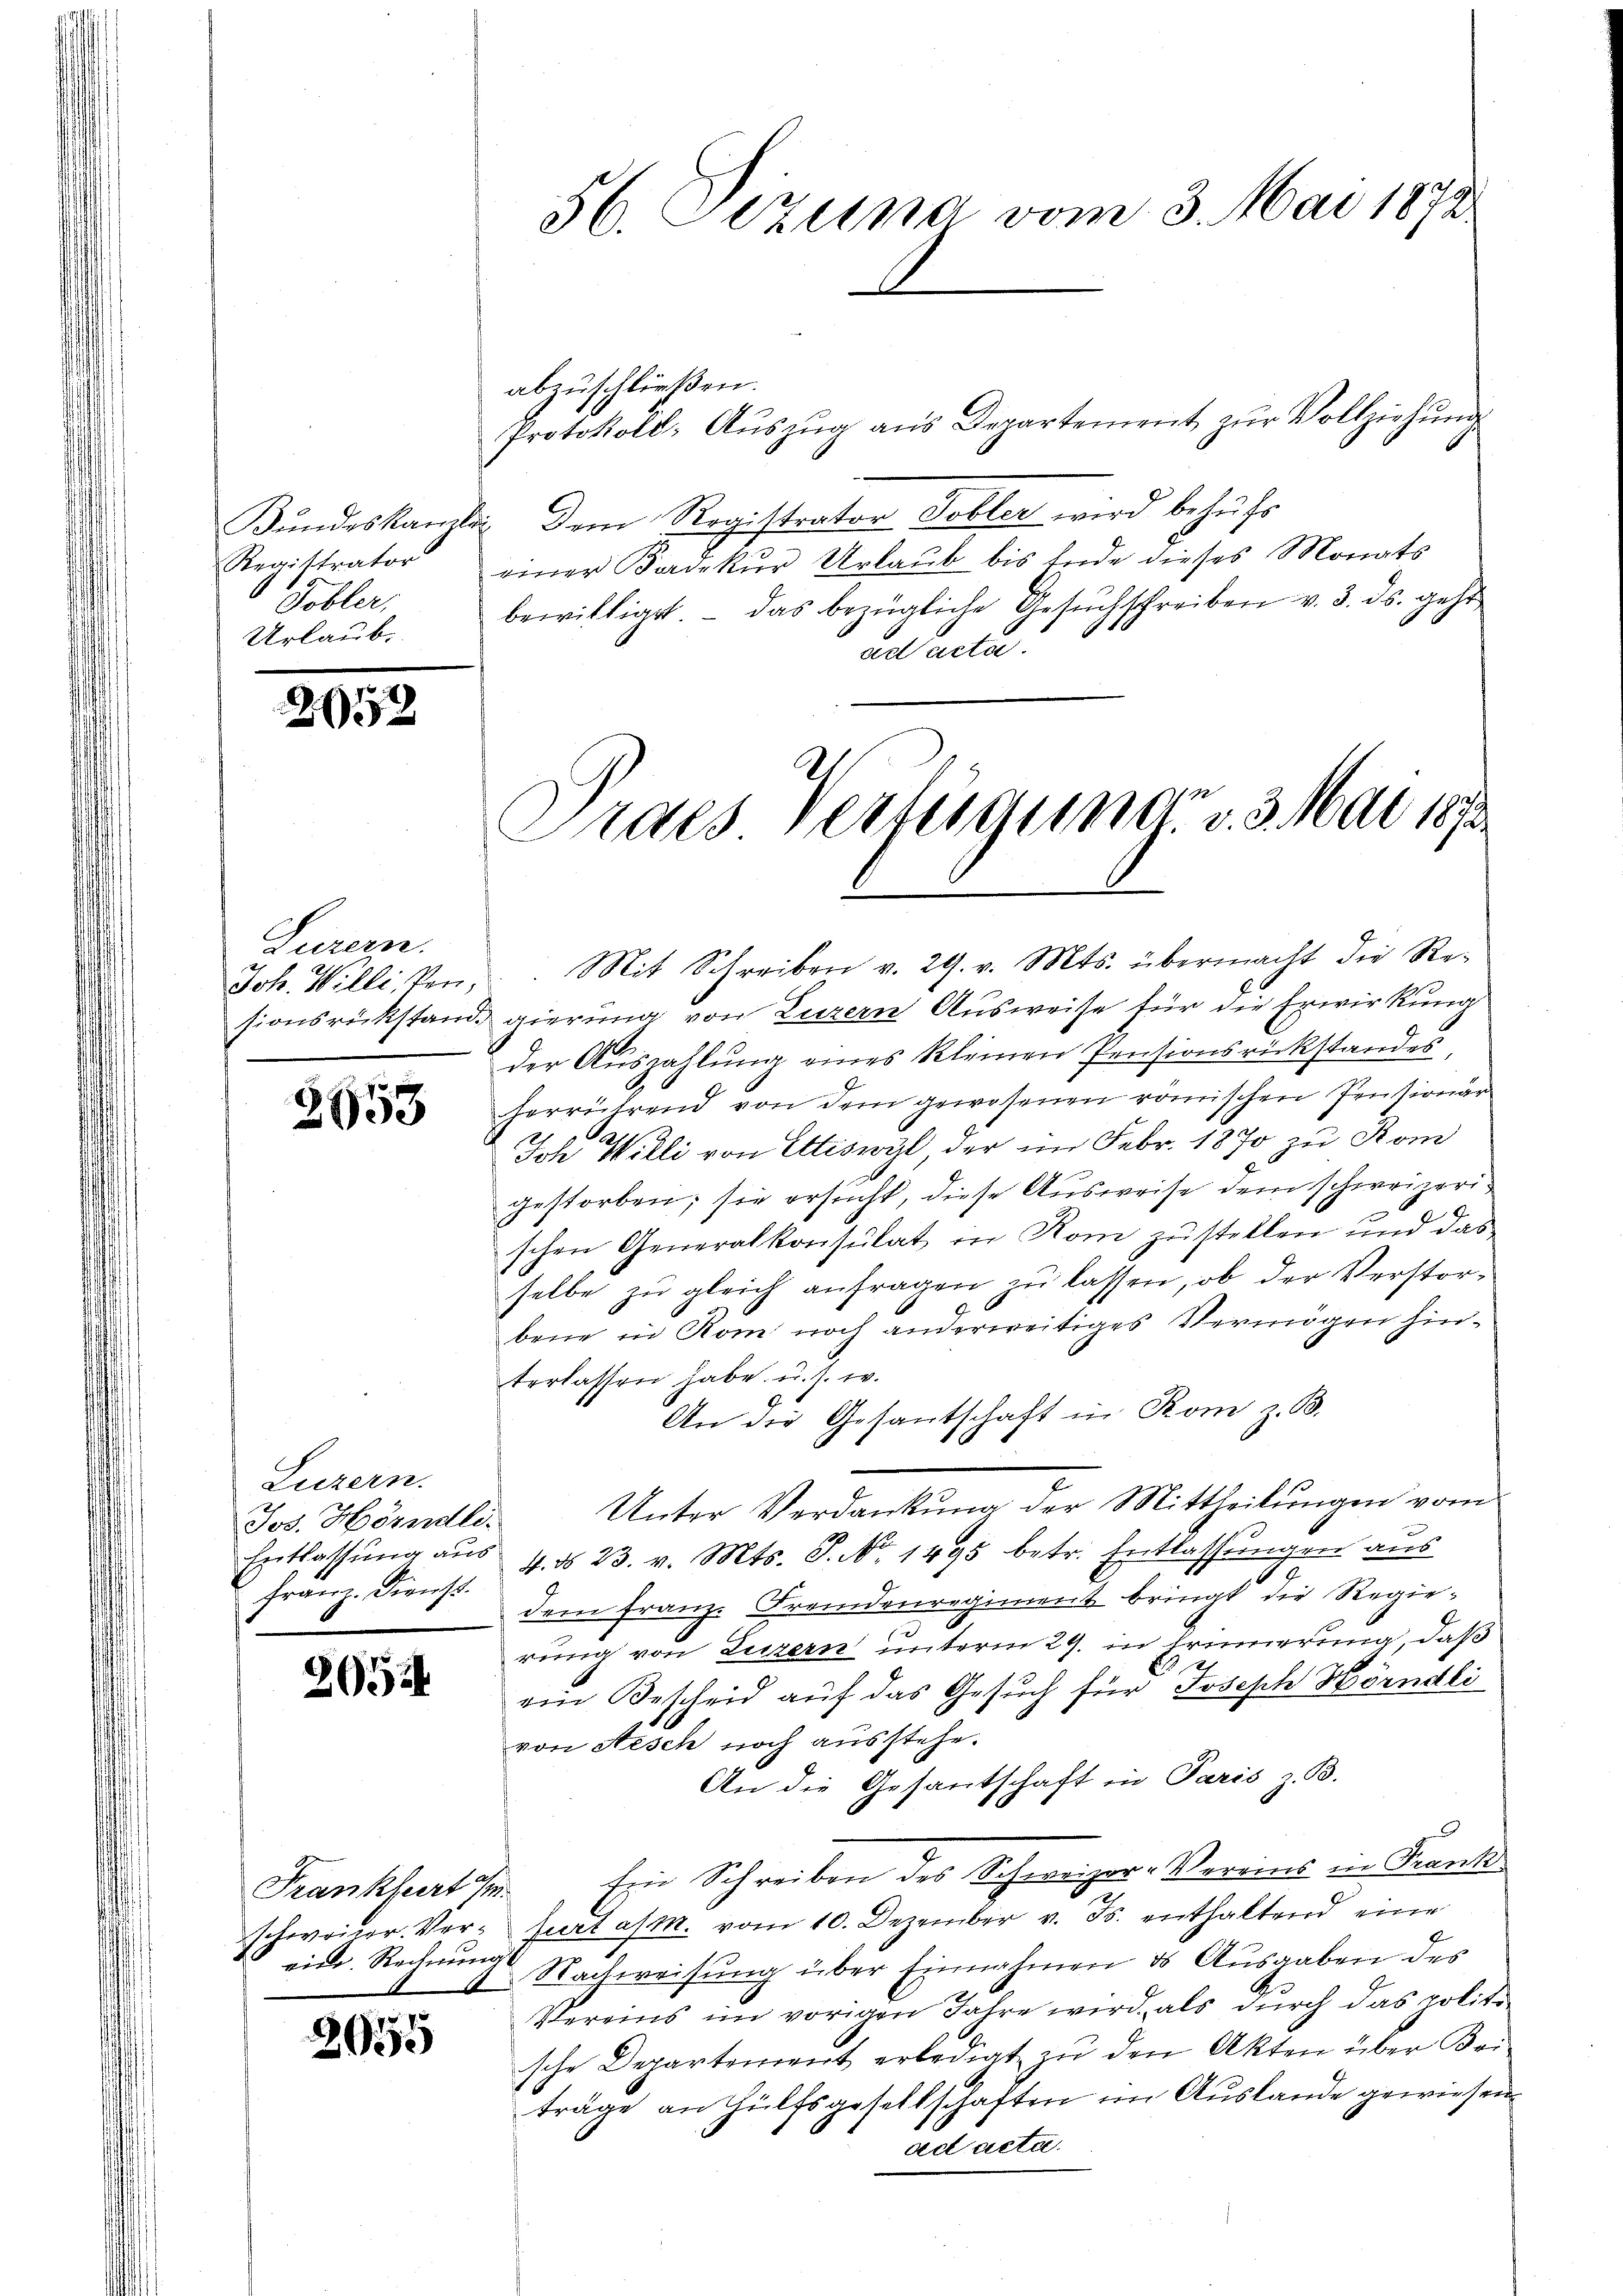
Tobler,
Urlaub.

2052

Luzern.

2653

Luzern.
Jos. Hörndle.
Franz. Dienst.

265

Frankfurt s
viele. Rechnungs

2055

56. Sizung vom 3. Mai 1872

Bŭndeskanzlei dem Registrator Tobler wird behŭfs
Registrator einer Kadekŭr Urlaŭb bis Ende dieses Monats
bewilliget, - das bezügliche Gesŭchschreiben v. 3. ds. geht
ad acta.

abzuschließen.
Protokoll- Aŭszŭg ans Departement zŭr Vollziehŭng

der Auszahlung eines kleinen Pensionsrückstandes,
herrührend von dem gewesenen römischen Pentionär
Ioh Willi von Ettiswyl, der im Febr. 1870 zu Kom
gestorben; sie ersucht, diese Ausweise dem schweizerischen Generalkonsulat in Rom zustellen und das
selbe zu gleich anfragen zu lassen, ob der Verstorbene in Rom noch anderweitiges Vermögen hinterlassen habe. u. s. w.
An die Gesantschaft in Rom z. B.
Unter Verdankung der Mittheilungen vom
Entlassŭng aŭs 4. d. 23. v. Mts. S. No. 1495 betr. Entlassŭngen aus
9
dem Franz. Fremdenregiment bringt die Regierung von Luzern unterm 29. in Erinnerung, daß
2
ein Bescheid auf das Gesuch für Joseph Hörndli
von Nesch noch ausstehe.
An die Gesantschaft in Paris z. B.
fiir Schreiben des Schweizer-Vereins in Franke
x
schweizer. Ver-Jurt a/M. vom 10. Dezember v. Js. enthaltend eine
Nachweisung über Einnahmen ds Ausgaben des
Vereins im vorigen Jahre wird, als durch das politi
sche Departement erledigt zŭ den Akten über Bei-
träge an Hülfsgesellschaften im Auslande gewiesen.
ad acta.

Joh. Williten.. Mit Schreiben v. 29. v. Mts. übermacht die Re-
sionsrükstand gierung von Luzern Ausweise für die Erwirkung

Praes Verteigung v. 3. Mai 1873.